Annual report on the Civil Veterinary Department, Burma (including the Insein Veterinary School) - 1910-1922
Year: 1910
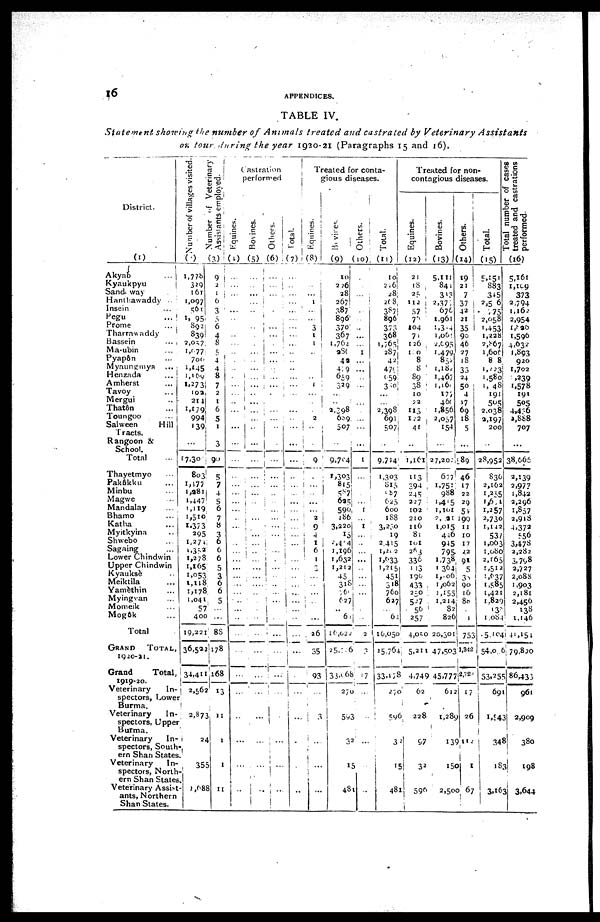
16
APPENDICES.
TABLE IV.
Statement showing the number of Animals treated and castrated by Veterinary
Assistants
on tour during the year 1920-21 (Paragraphs 15 and 16).
District.
(1)
Akyab
...
Kyaukpyu
Sand way
Hanthawaddy ..
Insein ...
Pegu
...
Prome
...
Tharrawaddy
Bassein
...
Ma-ubin ...
Pyapôn ...
Myaungmya ...
Henzada ...
Amherst ...
Tavoy ...
Mergui ...
Thatôn ...
Toungoo ...
Salween
Hill
Tracts.
Rangoon &
School.
Total ...
Thayetmyo ...
Pakôkku ...
Minbu ...
Magwe ...
Mandalay ...
Bhamo ...
Katha ...
Myitkyina ...
Shwebo ...
Sagaing ...
Lower Chindwin
Upper Chindwin
Kyauksè ...
Meiktila ...
Yamèthin ...
Myingvan ...
Momeik ...
Mogôk ...
Total
GRAND
TOTAL,
1920-21.
Grand
Total,
1919-20.
Veterinary
In-
spectors, Lower
Burma.
Veterinary
In-
spectors, Upper
Burma.
Veterinary
In-
spectors, South-
ern Shan States.
Veterinary
In-
spectors, North-
ern Shan States
Veterinary Assist-
ants, Northern
Shan States.
Number of villages visited
(2)
1,778
329
161
1,097
561
1, 95
892
839
2,057
1,977
700
1,145
1,169
1,273
102
214
1,179
994
139
...
17,301
803
1,477
1,281
1,447
1,119
1,510
1,373
295
1,274
1,352
1,278
1,165
1,053
1,118
1,178
1,041
57
400
19,221
36,522
34,411
2,562
2,873
24
355
1,688
Number of Veterinary
Assistants employed.
(3)
9
2
1
6
3
5
6
4
8
5
4
4
8
7
2
1
6
5
1
3
90
5
7
4
5
6
7
8
3
6
6
6
5
3
6
6
5
...
...
88
178
168
13
11
1
1
11
Castration
Performed
Equines.
(4) ...
...
...
...
...
...
...
...
...
...
.
...
.
...
...
...
...
...
...
...
...
...
...
...
...
...
...
...
...
...
...
...
...
...
...
...
...
...
...
...
...
...
...
...
...
Bo vines.
(5)
...
...
...
..
...
.
...
...
...
...
...
...
...
...
...
...
...
...
...
...
...
...
...
...
...
...
...
...
...
...
...
...
...
...
...
...
...
...
...
...
...
...
..
Others.
(6)
...
...
...
...
...
...
...
...
.
...
...
...
...
...
.
...
...
...
...
...
...
...
...
...
...
...
...
...
...
...
...
...
...
...
...
...
...
...
...
...
...
.
...
...
...
Total.
(7)
...
...
......
...
...
...
...
...
...
...
...
..
...
...
...
...
...
...
...
...
...
...
...
...
...
...
...
...
...
...
...
...
...
...
...
...
...
...
...
...
...
.
...
...
.
...
...
Treated for conta-
gious diseases.
Eqnines.
(8)
...
...
...
1
...
...
3
1
1
...
...
...
..
1
...
.
.
2
...
.
9
.
...
..
...
...
2
9
4
1
6
1
3
...
...
...
..
...
26
35
93
...
3
...
...
...
Bovines.
(9)
10
2 ?6
28
267
387
896
370
367
1,764
280
42
449
659
329
...
...
2,398
689
507
...
9,794
1,303
815
587
625
599
186
3,220
15
2,414
1,196
1,632
1,212
45
318
260
627
..
62
16,022
25,726
35,668
270
593
32
15
481
Others.
(10)
...
...
...
...
...
...
...
...
...
1
...
...
...
...
...
...
...
...
...
...
1
...
.
...
1
...
1
...
...
...
...
...
...
...
...
...
...
...
2
3
17
...
...
...
...
...
Total.
(11)
10
226
28
268
387
896
373
368
1,765
287
42
479
659
330
...
...
2,398
691
507
...
...
9,714
1,303
815
287
625
600
188
3,230
19
2,415
1,262
1,933
1,215
451
318
760
627
...
62
16,050
25,764
33,178
270
596
32
15
481
Treated for non-
contagious diseases.
Equines.
(12)
21
18
25
112
57
71
104
71
126
110
8
8
89
38
10
22
113
122
41
...
...
1,161
113
394
245
227
102
210
116
81
101
263
336
113
196
433
250
527
56
257
4,050
5,211
4,74
62
228
97
3
59
Bovines.
(13)
5,111
841
343
2,377
676
1,961
1,314
1,061
2,695
1,479
852
1,182
1,467
1,160
177
460
1,856
2,057
154
...
27,202
677
1,751
988
1,415
1,101
2,021
1,015
446
945
795
1,738
1,364
1,006
1,062
1,155
1,214
82
826
20,301
47,503
9 45,777
612
1,289
139
150
2,500
Others.
(14)
19
21
7
37
42
21
35
90
46
27
18
33
24
50
4
17
69
18
5
...
89
46
17
22
29
51
199
11
10
17
22
91
5
35
90
16
88
...
1
753
1,342
2,724
17
26
9112
67
Total.
(15)
5,151
883
345
2,5 6
775
2,058
1,453
1,228
2,867
1,606
8 8
1,223
1,580
1, 48
191
505
2,038
2,197
200
...
28,952
836
2,162
1,255
1,671
1,257
2,730
1,142
537
1,063
1,680
2,165
1,512
1,637
1,585
1,421
1,829
138
1,084
5,104
54,06
53,255
691
1,843
348
183
3,163
Total number of cases
treated and castrations
performed.
(16)
5,161
1,109
373
2,794
1,162
2,954
1,826
1,596
4,632
4,893
920
1,702
,239
1,578
191
505
4,436
2,888
707
...
38,665
2,139
2,977
1,842
2,296
1,857
2,918
4,372
556
3,478
2,282
3,798
2,727
2,088
1,903
2,181
2,456
138
1,146
41,154
79,820
86,433
961
2,909
380
198
3,644